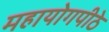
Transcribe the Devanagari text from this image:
महायोगपीठे